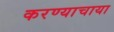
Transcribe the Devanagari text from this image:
करण्याचाया